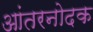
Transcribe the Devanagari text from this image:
आंतरनोदक